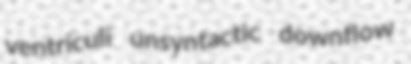
ventriculi unsyntactic downflow